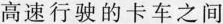
高速行驶的卡车之间